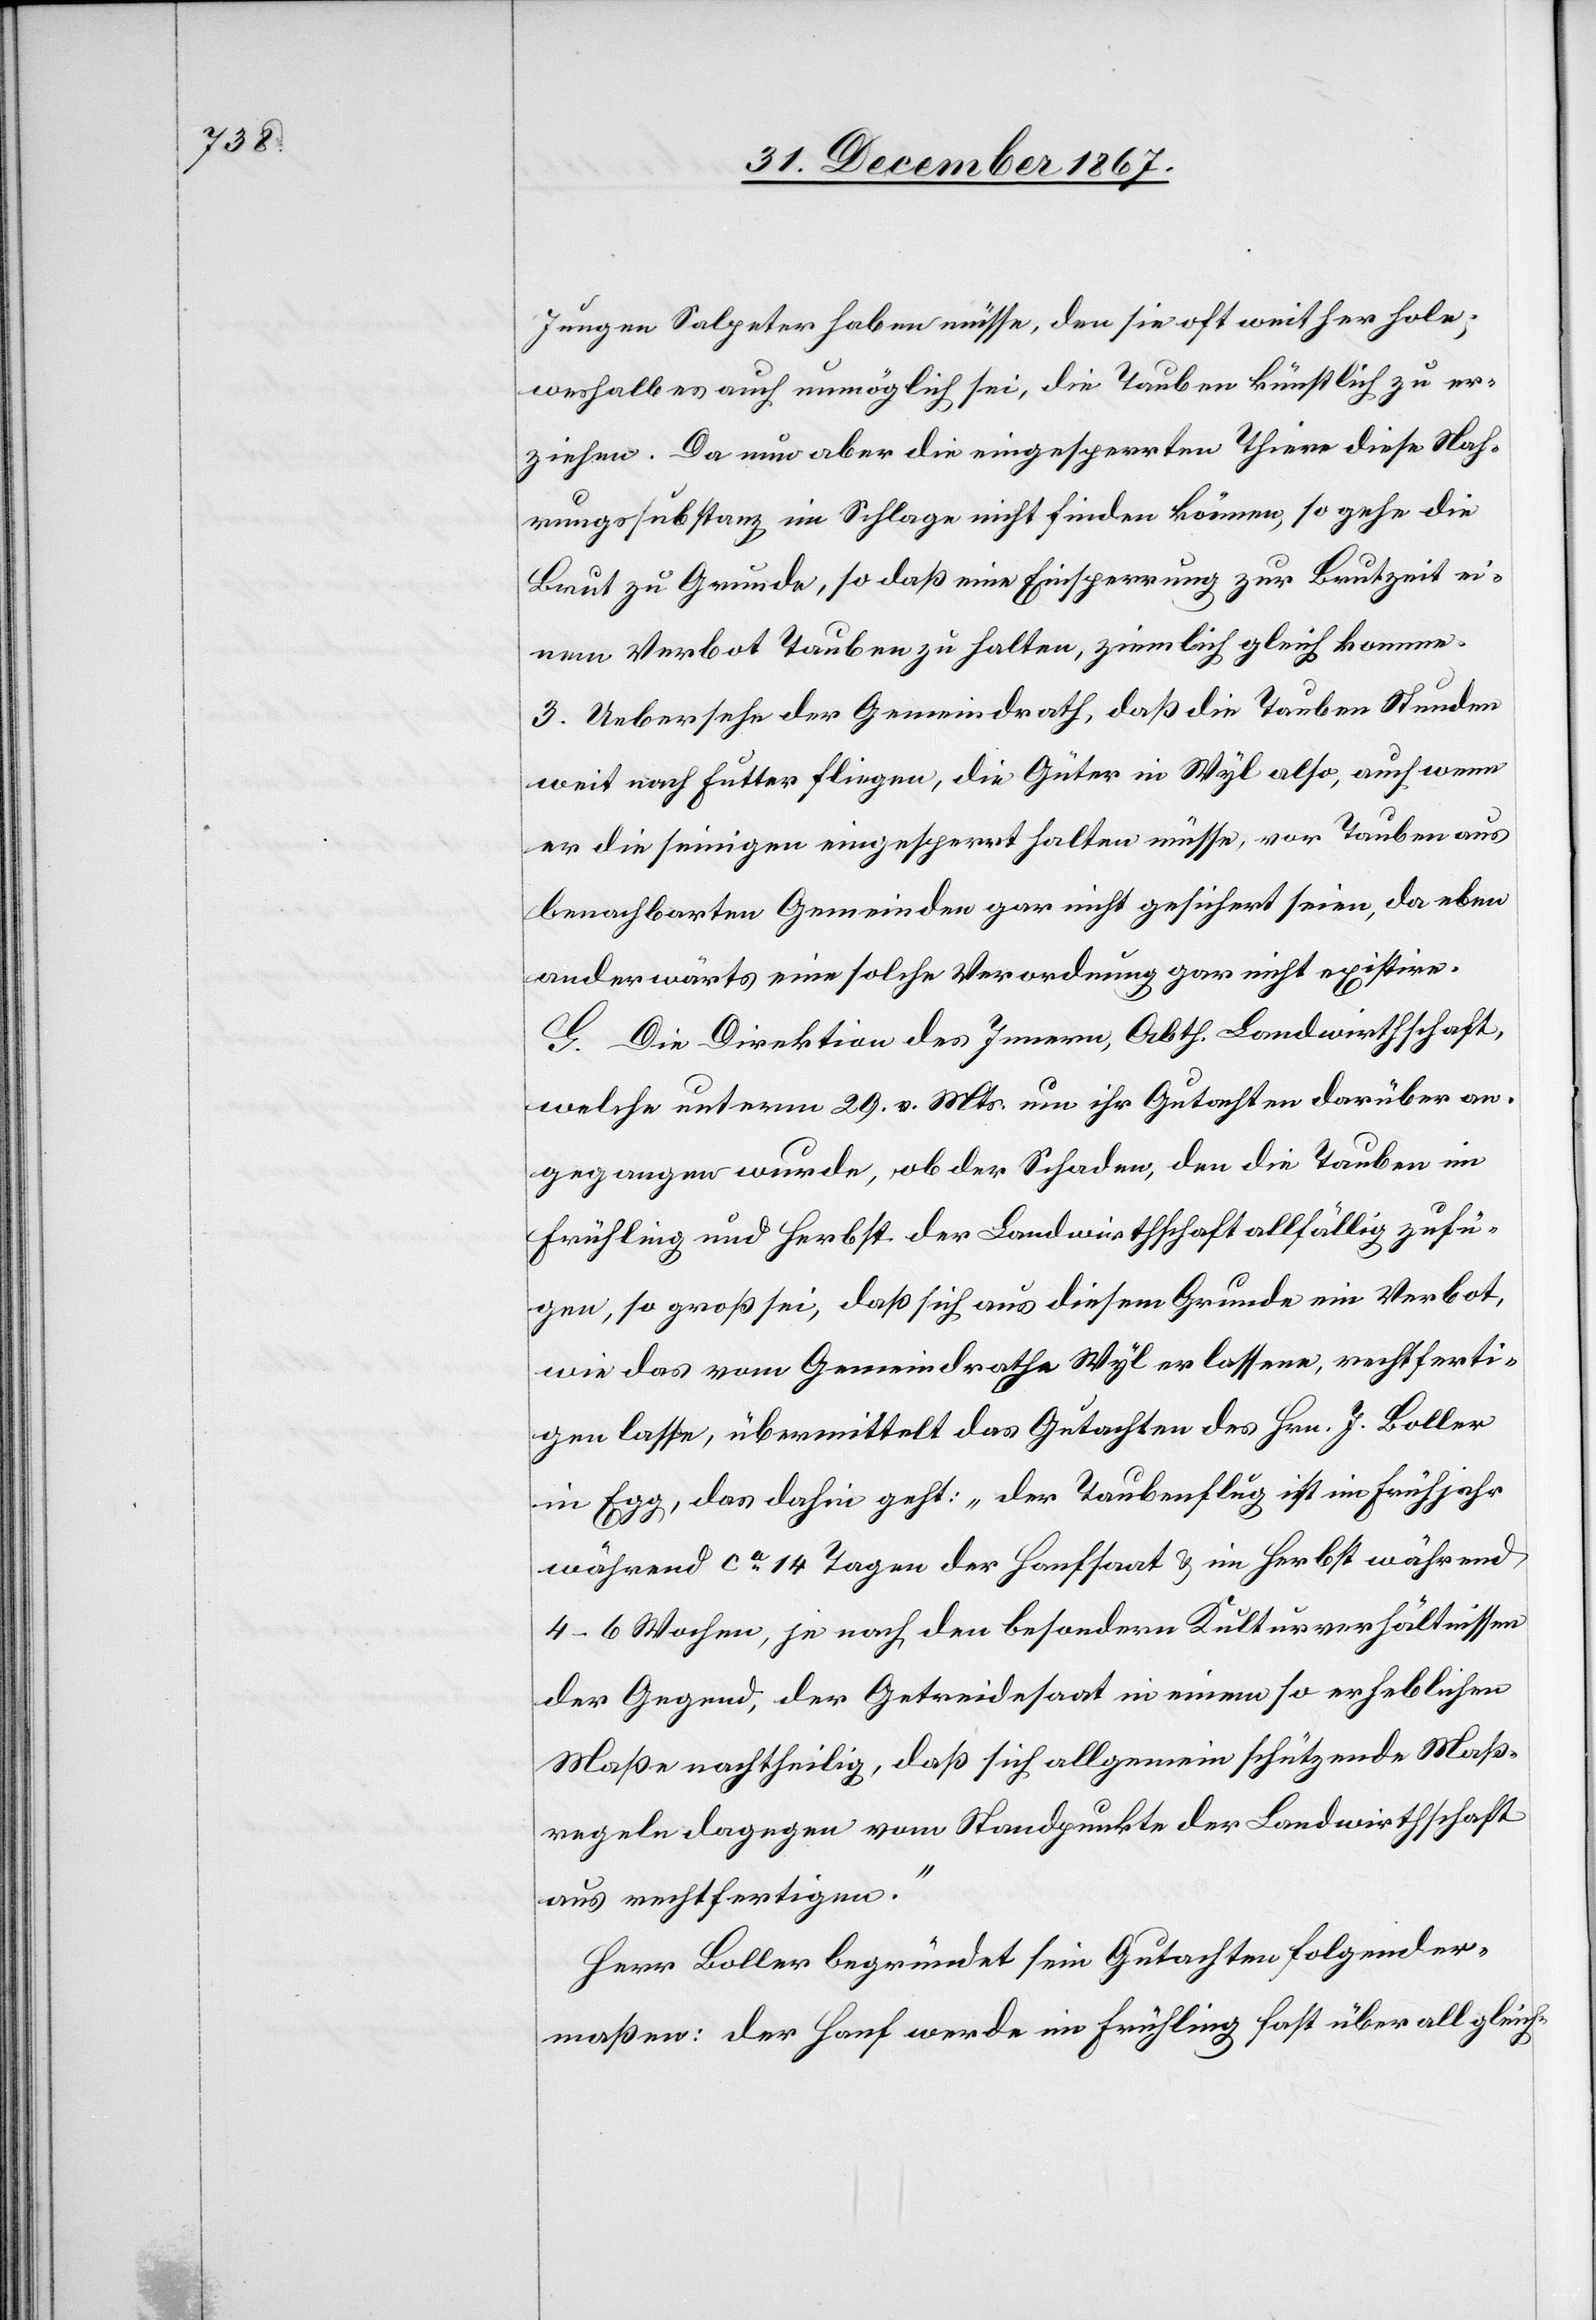
Jungen Salpeter haben müsse, den sie oft weither hole;
weshalb es auch unmöglich sei, die Tauben künstlich zu er¬
ziehen. Da nun aber die eingesperrten Thiere diese Nah¬
rungssubstanz im Schlage nicht finden können, so gehe die
Brut zu Grunde, so daß eine Einsperrung zur Brutzeit ei¬
nem Verbot Tauben zu halten, ziemlich gleich komme.
3. Uebersehe der Gemeindrath, daß die Tauben Stunden
weit nach Futter fliegen, die Güter in Wyl also, auch wenn
er die seinigen eingesperrt halten müsse, vor Tauben aus
benachbarten Gemeinden gar nicht gesichert seien, da eben
anderwärts eine solche Verordnung gar nicht existire.
G. Die Direktion des Innern, Abth. Landwirthschaft,
welche unterm 29. v. Mts. um ihr Gutachten darüber an¬
gegangen wurde, ob der Schaden, den die Tauben im
Frühling und Herbst der Landwirthschaft allfällig zufü¬
gen, so groß sei, daß sich aus diesem Grunde ein Verbot,
wie das vom Gemeindrathe Wyl erlassene, rechtferti¬
gen lasse, übermittelt das Gutachten des Hrn. J. Boller
in Egg, das dahin geht: „der Taubenflug ist im Frühjahr
während ca 14 Tagen der Hanfsaat u. um Herbst während
4–6 Wochen, je nach den besondern Kulturverhältnissen
der Gegend, der Getreidesaat in einem so erheblichen
Maße nachtheilig, daß sich allgemein schützende Maß¬
regeln dagegen vom Standpunkte der Landwirthschaft
aus rechtfertigen.“
Herr Boller begründet sein Gutachten folgender¬
maßen: der Hanf werde im Frühling fast überall gleich-